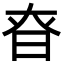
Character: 昚